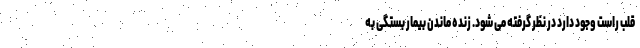
قلب راست وجود دارد در نظر گرفته می شود. زنده ماندن بیمار بستگی به